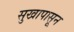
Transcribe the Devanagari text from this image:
सुखापासून